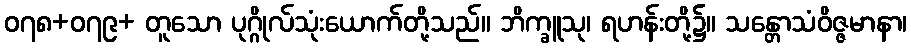
၀၇၈+၀၇၉+ တူသော ပုဂ္ဂိုလ်သုံးယောက်တို့သည်။ ဘိက္ခူသု၊ ရဟန်းတို့၌။ သန္တောသံဝိဇ္ဇမာနာ၊